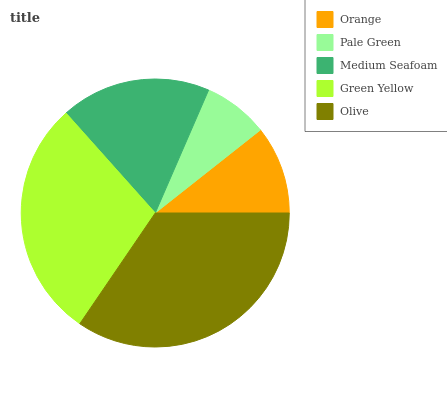
| Orange | Pale Green | Medium Seafoam | Green Yellow | Olive |
 | --- | --- | --- | --- | --- |
 | 10.6% | 7.85% | 18.1% | 28.8% | 34.5% |